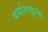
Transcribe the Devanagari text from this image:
बर्मामाइन्स